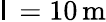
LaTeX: \mathsf{l}\, =10\, \mathrm{{m}}